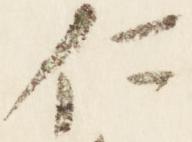
仁